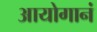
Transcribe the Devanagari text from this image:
आयोगानं